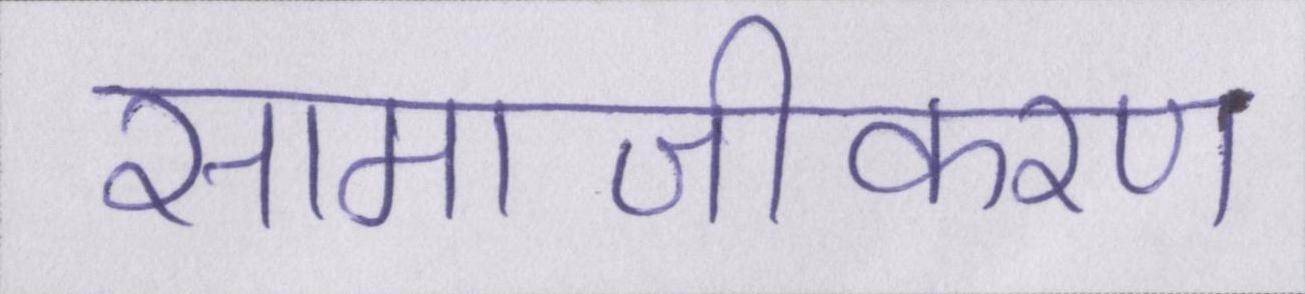
सामाजीकरण